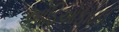
ઓડિઓફાઇલ